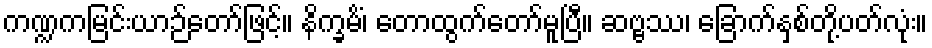
ကဏ္ဍကမြင်းယာဉ်တော်ဖြင့်။ နိက္ခမိံ၊ တောထွက်တော်မူပြီ။ ဆဗ္ဗဿ၊ ခြောက်နှစ်တို့ပတ်လုံး။